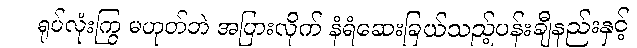
ရုပ်လုံးကြွ မဟုတ်ဘဲ အပြားလိုက် နံရံဆေးခြယ်သည့်ပန်းချီနည်းနှင့်